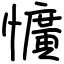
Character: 懭